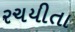
રચયીતા